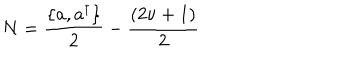
N = { \frac { \{ a , a ^ { \dagger } \} } { 2 } } - { \frac { ( 2 \nu + 1 ) } { 2 } }